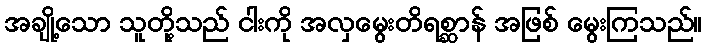
အချို့သော သူတို့သည် ငါးကို အလှမွေးတိရစ္ဆာန် အဖြစ် မွေးကြသည်။